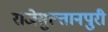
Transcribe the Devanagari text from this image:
राजेसुल्तानपुरी